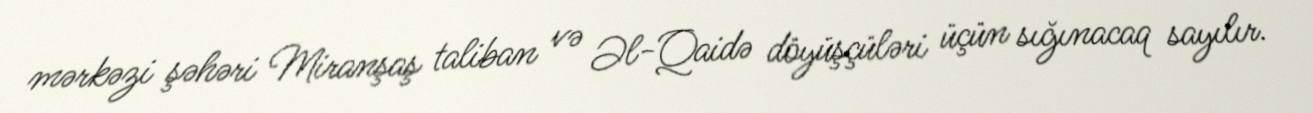
mərkəzi şəhəri Miranşaş taliban və Əl-Qaidə döyüşçüləri üçün sığınacaq sayılır.